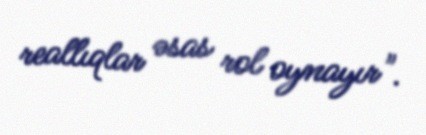
reallıqlar əsas rol oynayır".